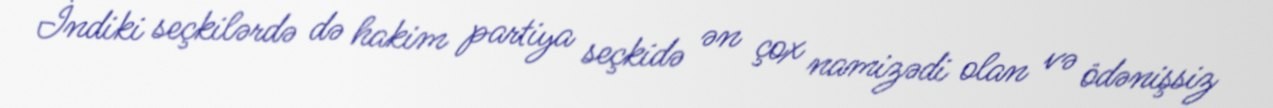
İndiki seçkilərdə də hakim partiya seçkidə ən çox namizədi olan və ödənişsiz